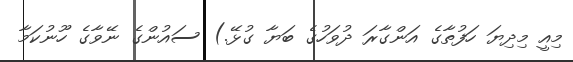
މިއީ މިދިޔަ ހަފުތާގެ އަންގާރަ ދުވަހުގެ ބަޔާ ގުޅޭ.) ސައުންގެ ނޭވާގެ ހޫނުކަމާ